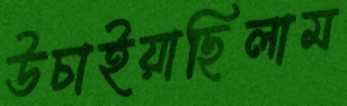
উচাইয়াছিলাম